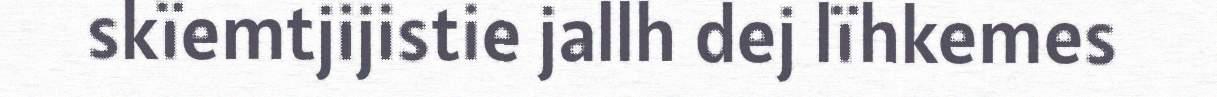
skïemtjijistie jallh dej lïhkemes